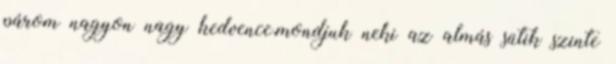
párom nagyon nagy kedvence,mondjuk neki az almás sütik szinte